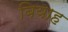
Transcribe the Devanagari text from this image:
बियाह